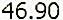
46.90